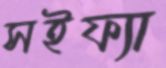
সইফ্যা